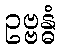
ဥဗ္ဗန္ဓံ